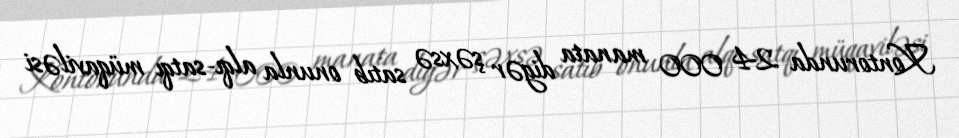
Kontorunda 24 000 manata digər şəxsə satıb onunla alqı-satqı müqaviləsi